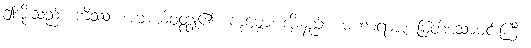
ဤအိုးသည်။ ကိဿ၊ အဘယ်ဝတ္ထု၏။ ကုမ္ဘော၊ အိုးနည်း။ မဟာရာဇ၊ မြတ်သောမင်းကြီး။